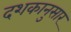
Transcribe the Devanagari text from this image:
दशकानुसार